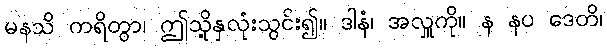
မနသိ ကရိတွာ၊ ဤသို့နှလုံးသွင်း၍။ ဒါနံ၊ အလှူကို။ န နပ ဒေတိ၊